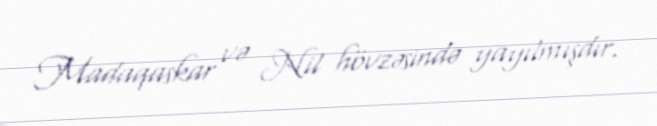
Madaqaskar və Nil hövzəsində yayılmışdır.